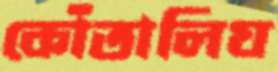
কোঁতালিঘ